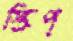
স্ক্রিপ্